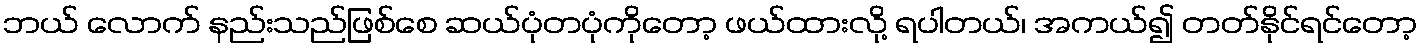
ဘယ် လောက် နည်းသည်ဖြစ်စေ ဆယ်ပုံတပုံကိုတော့ ဖယ်ထားလို့ ရပါတယ်၊ အကယ်၍ တတ်နိုင်ရင်တော့